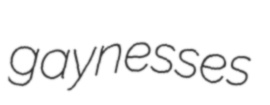
gaynesses